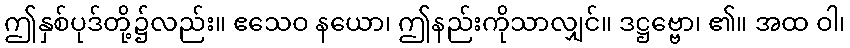
ဤနှစ်ပုဒ်တို့၌လည်း။ ဧသေဝ နယော၊ ဤနည်းကိုသာလျှင်။ ဒဋ္ဌဗ္ဗော၊ ၏။ အထ ဝါ၊